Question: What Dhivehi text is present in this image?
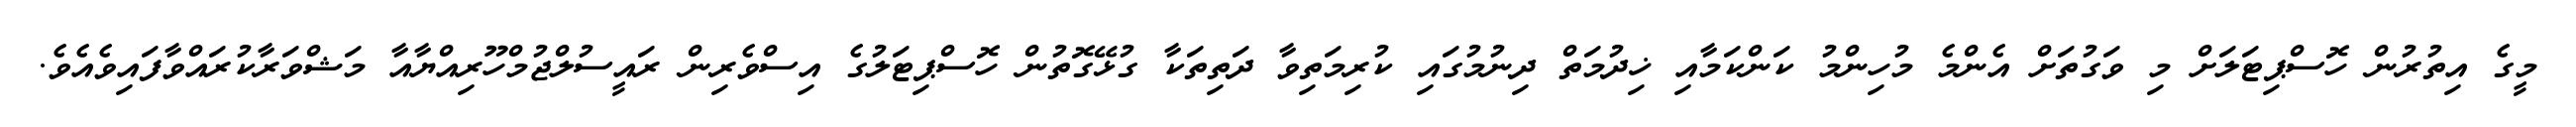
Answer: މީގެ އިތުރުން ހޮސްޕިޓަލަށް މި ވަގުތަށް އެންމެ މުހިންމު ކަންކަމާއި ޚިދުމަތް ދިނުމުގައި ކުރިމަތިވާ ދަތިތަކާ ގުޅޭގޮތުން ހޮސްޕިޓަލުގެ އިސްވެރިން ރައީސުލްޖުމްހޫރިއްޔާއާ މަޝްވަރާކުރައްވާފައިވެއެވެ.